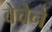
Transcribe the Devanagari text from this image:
बेचेने